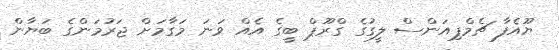
ޔޫއެފާ ޗެމްޕިއަންސް ލީގުގެ ގްރޫޕް ބީގެ އެއް ވަނަ މަގާމަށް ޖަރުމަންގެ ބަޔާން